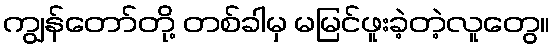
ကျွန်တော်တို့ တစ်ခါမှ မမြင်ဖူးခဲ့တဲ့လူတွေ။